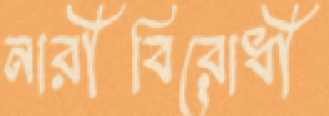
নারীবিরোধী